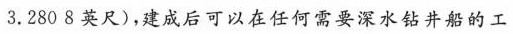
3.2808英尺)，建成后可以在任何需要深水钻井船的工